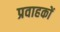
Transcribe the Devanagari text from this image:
प्रवाहकों